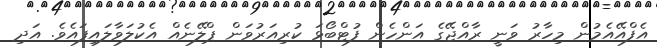
އެފްއޭއެމުން މިހާރު ވަނީ ރާއްޖޭގެ އަންހެން ފުޓްބޯޅަ ކުރިއަރުވަން ޕްލޭނެއް އެކުލަވާލައިފައެވެ. އަދި